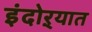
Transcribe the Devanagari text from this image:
इंदोऱ्यात